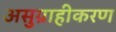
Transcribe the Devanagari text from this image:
असुग्राहीकरण